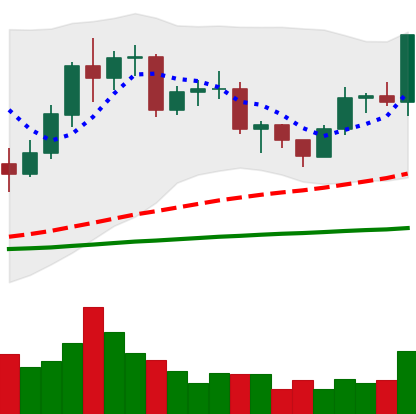
Ticker: LTC-USD
Chart end date: 2020-12-16
Forward return: 13.165%
Label: up_7plus